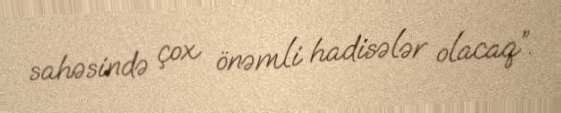
sahəsində çox önəmli hadisələr olacaq”.